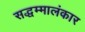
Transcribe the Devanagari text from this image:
सद्धम्मालंकार